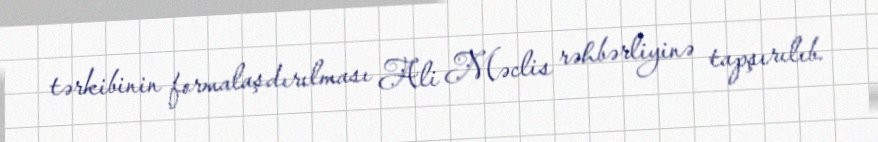
tərkibinin formalaşdırılması Ali Məclis rəhbərliyinə tapşırılıb.